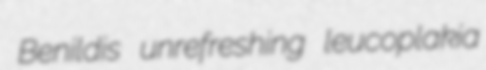
Benildis unrefreshing leucoplakia